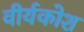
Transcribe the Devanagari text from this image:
वीर्यकोश